Annual report of the Punjab Veterinary College and of the Civil Veterinary Department, Punjab - 1909-1919
Year: 1909
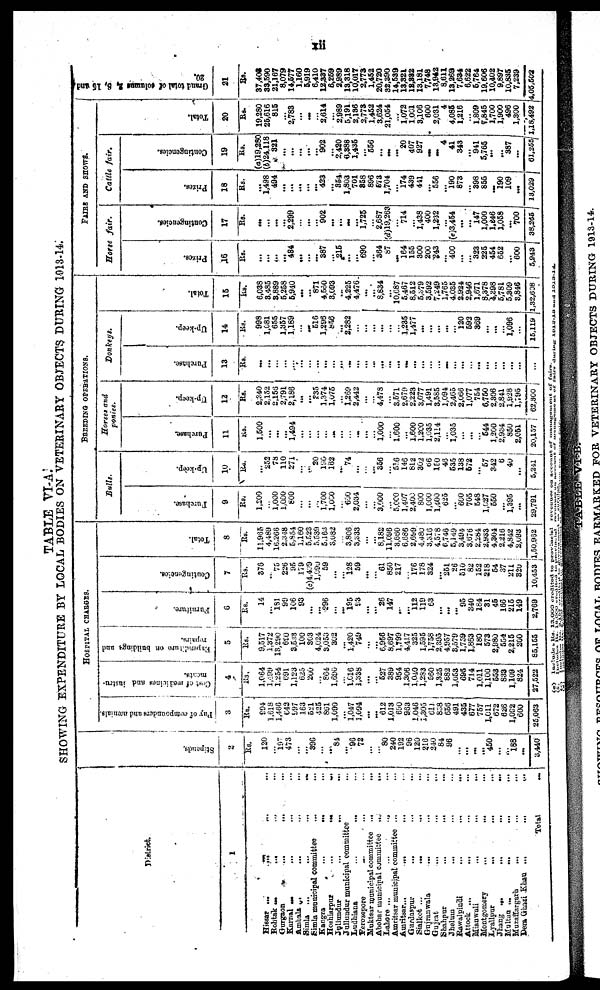
xii
TABLE VI-A.
SHOWING EXPENDITURE BY LOCAL BODIES ON VETIRINARY OBJECTS DURING 1913-14.
District.
1
Hissar ... ... ... ...
Rohtak
...
...
...
...
Gurgaon ... ... ... ...
Karnal
...
...
...
...
Ambala ... ... ... ...
Simla
...
...
...
...
Simla municipal committee ... ... ...
Kangra
...
...
...
...
Hoshiarpur
...
...
...
...
Jullundur
...
...
...
...
Jullundur municipal committee ...
Ludhiana
...
...
Ferozepore
...
...
Muktesar municipal committee
...
...
Abohar municipal committee
...
...
Lahore ...
...
...
Amritsar municipal committee ... ...
Amritsar
...
...
...
...
Gurdaspur
... ... ... ...
Sialkot ...
... ...
Gujranwala
... ... ... ...
Gujrat
...
...
...
Shahpur
...
... ...
Jhelum
...
...
...
Rawalpindi
...
...
...
Attock ...
...
...
Mianwali
...
...
...
Montgomery
...
...
...
Lyallpur
...
...
...
Jhang ... ... ... ...
Multan
...
...
...
...
Muzaffargarh ... ... ... ...
Dera Ghasi Khan ...
...
...
Total
...
Stipends.
2
Rs.
120
...
197
473
...
...
396
...
...
84
...
96
72
...
...
80
240
192
96
120
216
240
84
96
...
...
...
...
450
...
...
188
...
3,440
HOSPITAL CHARGES.
Pay of compounders and urenials.
3
Rs.
994
1,618
1,486
643
997
163
52l
425
891
1,090
...
1,047
1,094
...
...
612
1,013
690
963
1,046
1,305
611
858
656
491
435
677
757
1,011
672
626
1,092
600
25,063
Cost of medicines and instru-
ments.
4
Rs.
1,064
1,499
1,254
691
1,123
625
200
...
864
1,690
...
1,616
1,338
...
...
527
389
954
1.306
1,040
1,283
560
1,325
882
1,053
695
714
1,011
1,100
553
833
1,109
824
27,522
Expenditure on buildings and
repairs.
5
Rs.
9,517
1,372
18,290
690
3,543
100
303
4,024
3,053
302
...
1,420
749
...
...
6,956
8,697
1,799
4,417
325
1,595
1,758
2,395
4,957
8,579
1,759
1,863
180
573
2,980
554
2,215
200
85,155
Furniture.
6
Rs.
14
...
181
99
106
93
...
...
296
...
...
195 93
...
...
26
147
...
...
112
119
63
...
...
...
95
340
184
31
45
166
215
149
2,769
Contingencies.
7
Rs.
376
...
75
226
95
179
(c)4,439
1,099
59
...
...
128
59
...
...
61
850
217
...
176
178
324
...
251
26
510
82
152
218
54
37
211
320
10,453
Total.
8
Rs.
11,965
4,489
16,266
2,348
5,854
1,160
5,523
5,539
5,163
3,082
...
3,806
3,333
...
...
8,182
11,096
3,680
6,686
2,699
4,480
3,3l6
4,578
6,746
5,149
3,494
3,676
2,284
2,933
4,304
2,216
4,842
2,093
1,50,932
BREEDING OPERATIONS.
Bulls.
Purchase.
9
Rs.
1,200
...
1,000
1,000
800
...
...
...
1,700
1,000
...
600
2,034
...
...
3,000
...
5,000
1,407
2,400
800
1,000
1,400
625
...
600
705
548
1,027
550
...
1,395
...
29,791
Up-keep.
10
Rs.
...
252
78
110
271
...
...
20
190
162
...
74
...
...
...
356
...
516
146
812
302
66
150
46
535
138
672
...
57
342
6
40
...
5,241
Horses and
ponies.
Purchase.
11
Rs.
1,500
...
...
...
1,494
...
...
...
...
...
...
...
...
...
...
1,000
...
1,600
...
1,600
1,200
1,035
2,114
...
1,035
...
...
...
544
1,200
2,934
850
2,051
20,157
Up-keep.
12
Rs.
2,340
2,152
2,156
2,791
2,186
...
...
235
1,374
1,075
...
1,269
2,442
...
...
4,478
...
3,571
2,679
2,223
3,077
1,491
3,585
1,094
2,465
2,066
1,077
754
6,750
2,806
2,841
1,928
1,795
62,800
Donkeys.
Purchase.
13
Rs.
...
...
...
...
...
...
...
...
...
...
...
...
...
...
...
...
...
...
...
...
...
...
...
...
...
...
...
...
...
...
...
...
...
...
Up-keep.
14
Rs.
998
1,081
655
1,357
1,189
...
...
516
1,298
856
...
2,282
...
...
...
...
...
...
1,235
1,477
...
...
...
...
...
120
592
369
...
...
...
1,096
...
15,119
Total.
15
Rs.
6,038
3,485
3,889
5,258
5,940
...
...
871
4,560
3,093
....
4,225
4,476
...
...
8,834
...
10,087
5,467
8,512
5,379
3,592
7,249
1,765
4,035
2.024
2,946
1,671
8,378
4,308
5,781
5,300
3,846
,32,608
FAIRS AND SHOWS.
Horse
fair.
Prizes.
,16
Rs.
...
...
...
...
484
...
...
...
387
...
215
...
...
690
...
364
87
...
164
155
300
200
243
...
400
...
...
323
225
454
652
...
600
5,943
Contingencies,
17
Rs.
...
...
...
...
2,299
...
...
...
902
...
...
...
...
1,725
...
2,687
(d)19,263
...
714
...
1,438
400
1,232
...
(e)3,454
...
...
147
1,000
1,846
1,058
...
700
38,265
Cattle fair.
Prizes.
18
Rs.
...
1,498
494
...
...
...
...
...
423
...
354
1,803
701
858
896
573
1,704
...
174
439
441
...
556
...
190
873
...
398
855
...
190
109
...
13,029
Contingencies.
19
Rs.
(a)19,280
(b)24,118
321
...
...
...
...
...
902
...
2,430
6,388
1,435
...
556
...
...
...
20
407
927
...
...
4
41
343
...
941
5,765
...
...
387
...
61,255
Total.
20
Rs.
19,280
25,616
815
...
2,783
...
...
...
2,614
...
2,989
5,191
2,136
2,773
1,452
3,624
21,054
...
1,072
1,001
3,106
600
2,031
4
4,085
1,216
...
1,809
7,845
1,700
1,900
496
1,300
1,18,492
Grand total of columns 2, 8, 15 and
20.
21
Rs.
37,403
33,500
21,167
8,079
14,577
1,160
5,919
6,410
12,337
6,259
2,989
13,318
10,017
2,773
1,452
20,720
32,390
14,539
13,321
18,882
13,181
7,748
13,942
8,611
13,269
7,634
6,622
5,764
19,606
10,402
9,897
10,835
7,239
4,05,502
(a) Include Rs. 13,000 credited to provincial revenues on account of management of fairs.
(b) Include Rs. 18,000 credited to provincial revenues on account of management of fairs during 1912-13 and 1913-14.